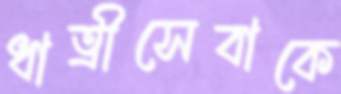
ধাত্রীসেবাকে